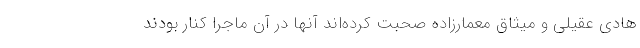
هادی عقیلی و میثاق معمارزاده صحبت کرده‌اند آنها در آن ماجرا کنار بودند